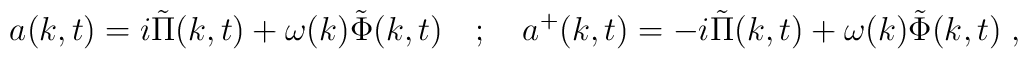
a(k,t)=i\tilde{\Pi }(k,t)+\omega (k)\tilde{\Phi }(k,t)\quad ;\quad a^{+}(k,t)=-i\tilde{\Pi }(k,t)+\omega (k)\tilde{\Phi }(k,t)\; ,